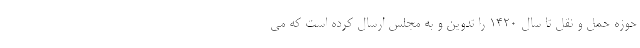
حوزه حمل و نقل تا سال ۱۴۲۰ را تدوین و به مجلس ارسال کرده است که می